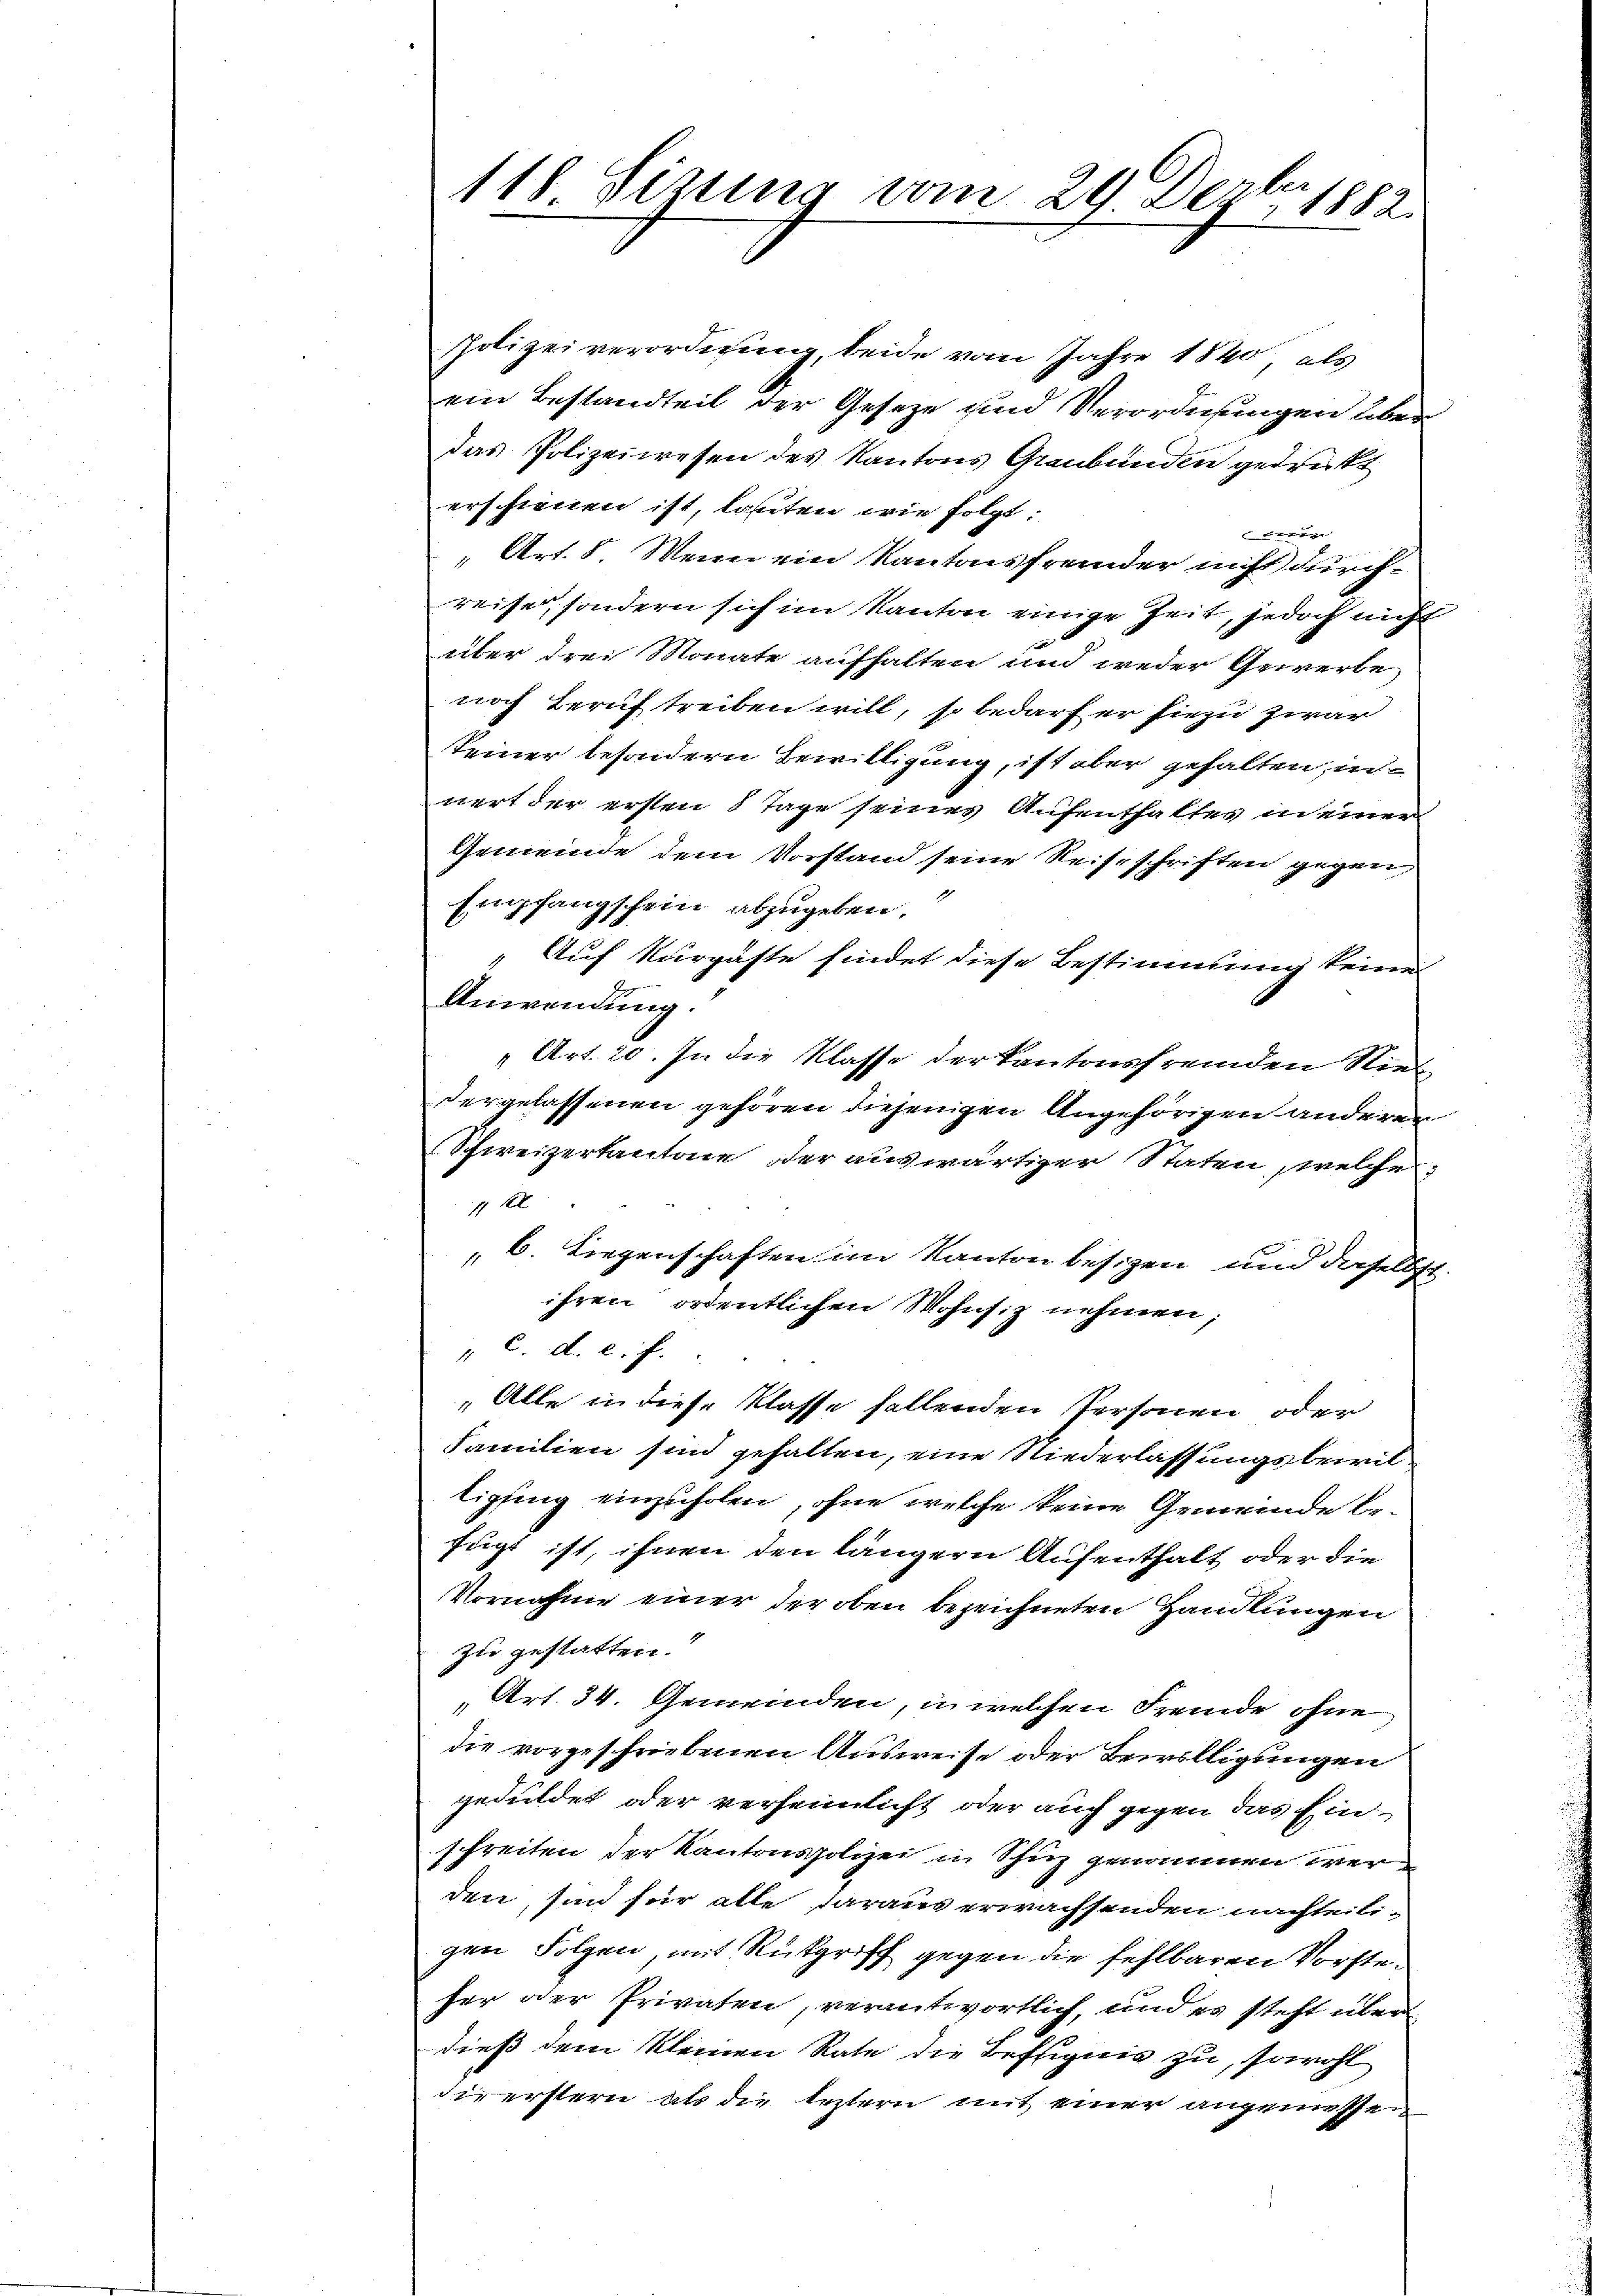
ber
118. Sirung vom 29. Dez. 1882.

Polizeiverordnung, beide vom Jahre 1840 als
ein Bestandteil der Geseze und Verordnungen über
das Polizeiwesen des Kantons Graubünden gedrückt
erschienen ist, lauten wie folgt:
t
Art. 8. Wenn ein Kantonsfremder nicht durch
reise, sondern sich im Kanton einige Zeit, jedoch nicht
über drei Monate aufhalten und weder Gewerbe
noch Beruf treiben will, so bedarf er hiezu zwar
Seiner besondern Bewittigung, ist aber gehalten, in-
nert der ersten 8 Tage seines Aufenthaltes in einer
Gemeinde dem Vorstand seine Reiseschriften gegen
4
Empfangschein abzugeben.
Auf Kurgäste findet diese Bestimmung keine
Anwendung
1
Art. 20. In die Klasse der kantonsfremden Niedergelassenen gehören diejenigen Angehörigen anderen
Schweizerkantone der auswärtiger Staten, welche
gt
b. Liegenschaften im Kanton besizen und daselbst
ihren ordentlichen Wohnsiz nehmen;
4. C. A. c. f.
„Alle in diese Klasse fallenden Personen oder
Familien sind gehalten, eine Niederlassungsbewiltipfing einzuholen, ohne welche keine Gemeinde be
fügt ist, ihnen den längern Aufenthalt oder die
Vornahme einer der oben bezeichneten Handlungen
.
zu gestatten.
Art. 34. Gemeinden, in welchen Fremde ohne
die vorgeschriebenen Ausweise oder Bewilligungen
geduldet oder verheimlicht oder auch gegen das Ein-
schreiten der Kantonspolizei in Schuz genommen wer-
den sind für alle daraus erwachsenden nachteili-
gen Folgen, mit Rückgriff gegen die fehlbaren Vorsteher der Privaten, verantwortlich, und es steht überdieß dem kleinen Rate die Befugnis zu, sowohl
die erstern als die leztern mit einer angemessen